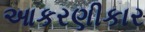
આકરણીકાર